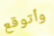
وأتوقع